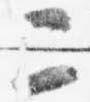
二